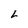
Character: L